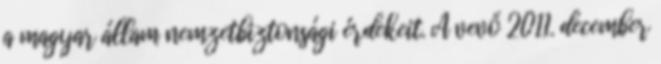
a magyar állam nemzetbiztonsági érdekeit. A vevő 2011. december